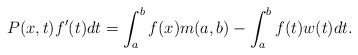
\begin{align*}P(x,t)f^{\prime }(t)dt=\int_{a}^{b}f(x)m(a,b)-\int_{a}^{b}f(t)w(t)dt.\end{align*}